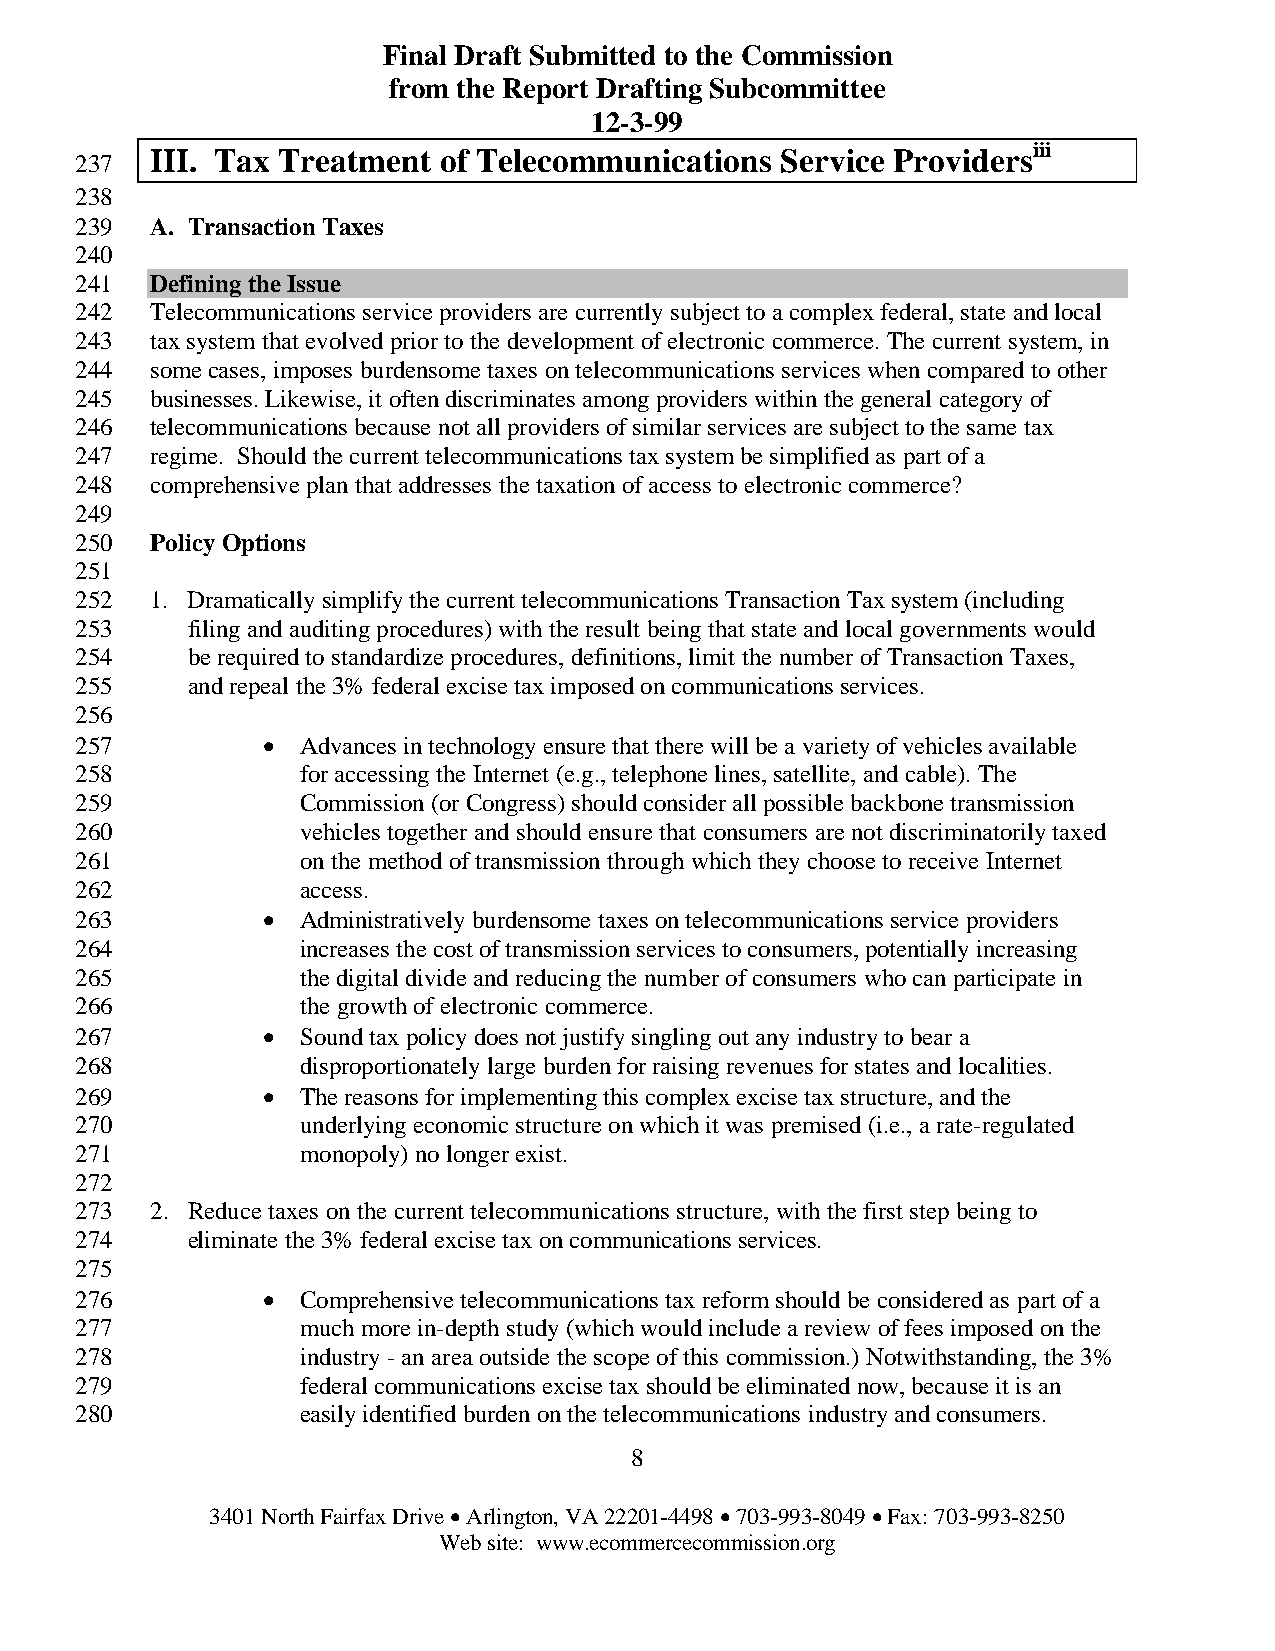
Final Draft Submitted to the Commission
 from the Report Drafting Subcommittee
 12-3-99
 iii
 III. Tax Treatment of Telecommunications  Service Providers
 237
 238
 239  A. Transaction Taxes
 240
 241  Defining the Issue
 242  Telecommunications service providers are currently subject to a complex federal, state and local
 243  tax system that evolved prior to the development of electronic commerce. The current system, in
 244  some cases, imposes burdensome taxes on telecommunications services when compared to other
 245  businesses. Likewise, it often discriminates among providers within the general category of
 246  telecommunications because not all providers of similar services are subject to the same tax
 247  regime. Should the current telecommunications tax system be simplified as part of a
 248  comprehensive plan that addresses the taxation of access to electronic commerce?
 249
 250  Policy Options
 251
 252  1. Dramatically simplify the current telecommunications Transaction Tax system (including
 253    filing and auditing procedures) with the result being that state and local governments would
 254    be required to standardize procedures, definitions, limit the number of Transaction Taxes,
 255    and repeal the 3% federal excise tax imposed on communications services.
 256
 257         •  Advances in technology ensure that there will be a variety of vehicles available
 258            for accessing the Internet (e.g., telephone lines, satellite, and cable). The
 259            Commission (or Congress) should consider all possible backbone transmission
 260            vehicles together and should ensure that consumers are not discriminatorily taxed
 261            on the method of transmission through which they choose to receive Internet
 262            access.
 263         •  Administratively burdensome taxes on telecommunications service providers
 264            increases the cost of transmission services to consumers, potentially increasing
 265            the digital divide and reducing the number of consumers who can participate in
 266            the growth of electronic commerce.
 267         •  Sound tax policy does not justify singling out any industry to bear a
 268            disproportionately large burden for raising revenues for states and localities.
 269         •  The reasons for implementing this complex excise tax structure, and the
 270            underlying economic structure on which it was premised (i.e., a rate-regulated
 271            monopoly) no longer exist.
 272
 273  2. Reduce taxes on the current telecommunications structure, with the first step being to
 274    eliminate the 3% federal excise tax on communications services.
 275
 276         •  Comprehensive telecommunications tax reform should be considered as part of a
 277            much more in-depth study (which would include a review of fees imposed on the
 278            industry - an area outside the scope of this commission.) Notwithstanding, the 3%
 279            federal communications excise tax should be eliminated now, because it is an
 280            easily identified burden on the telecommunications industry and consumers.
 8
 3401 North Fairfax Drive • Arlington, VA 22201-4498 • 703-993-8049 • Fax: 703-993-8250
 Web site: www.ecommercecommission.org